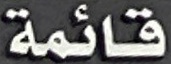
قائمة